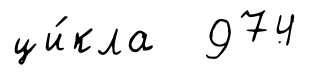
ци́кла 974